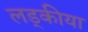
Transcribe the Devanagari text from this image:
लड्कीया